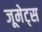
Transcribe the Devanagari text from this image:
जूमेट्स